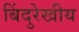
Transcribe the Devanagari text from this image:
बिंदुरेखीय